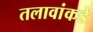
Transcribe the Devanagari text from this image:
तलावांकडे